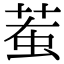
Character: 𧊝